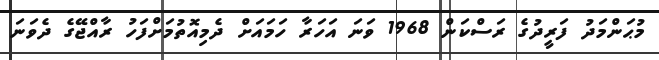
މުޙަންމަދު ފަރީދުގެ ރަސްކަން 1968 ވަނަ އަހަރާ ހަމައަށް ދެމިއޮތުމަށްފަހު ރާއްޖޭގެ ދެވަނަ